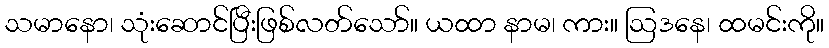
သမာနော၊ သုံးဆောင်ပြီးဖြစ်လတ်သော်။ ယထာ နာမ၊ ကား။ ဩဒနေ၊ ထမင်းကို။